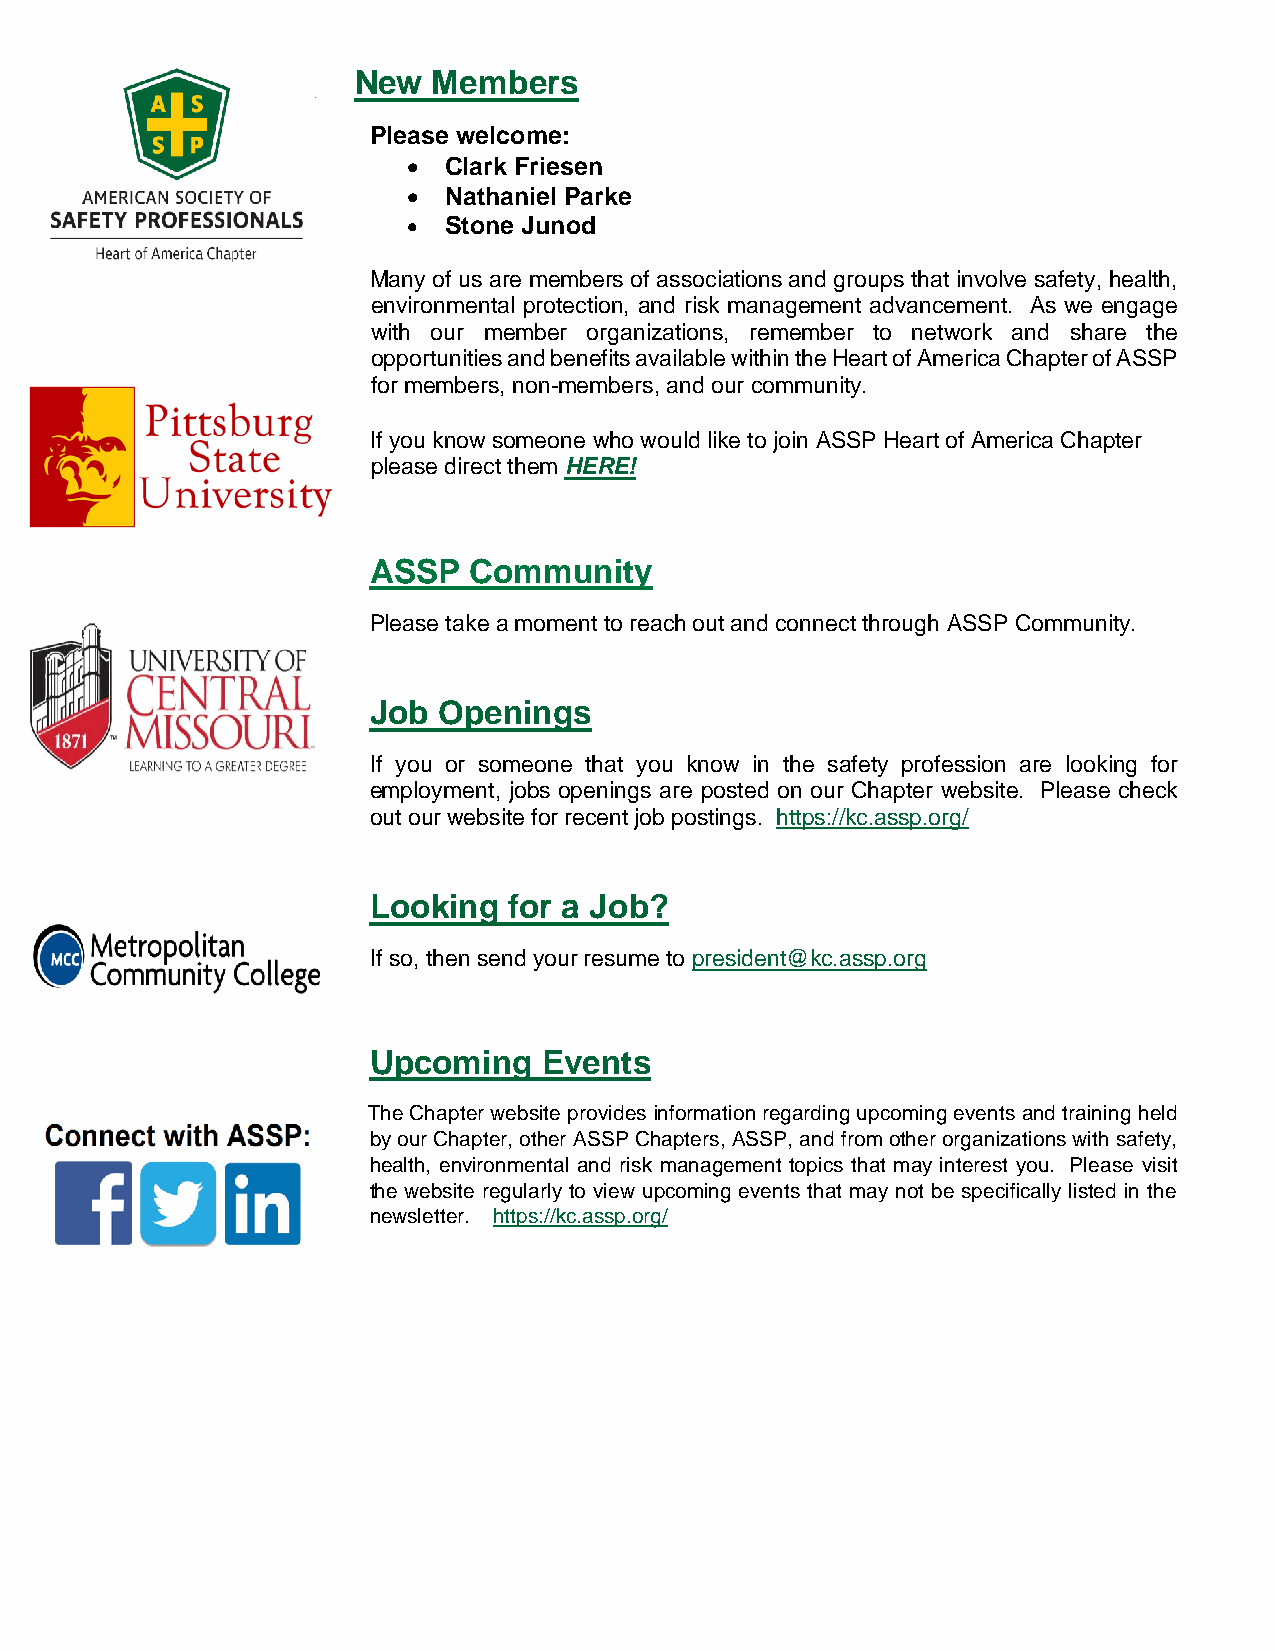
New   Members
 Please welcome:
 • Clark Friesen
 • Nathaniel Parke
 • Stone Junod
 Many of us are members of associations and groups that involve safety, health,
 environmental protection, and risk management advancement. As we engage
 with our member organizations, remember to network and share the
 opportunities and benefits available within the Heart of America Chapter of ASSP
 for members, non-members, and our community.
 If you know someone who would like to join ASSP Heart of America Chapter
 please direct them HERE!
 ASSP   Community
 Please take a moment to reach out and connect through ASSP Community.
 Job  Openings
 If you or someone that you know in the safety profession are looking for
 employment, jobs openings are posted on our Chapter website. Please check
 out our website for recent job postings. https://kc.assp.org/
 Looking   for a Job?
 If so, then send your resume to president@kc.assp.org
 Upcoming    Events
 The Chapter website provides information regarding upcoming events and training held
 by our Chapter, other ASSP Chapters, ASSP, and from other organizations with safety,
 health, environmental and risk management topics that may interest you. Please visit
 the website regularly to view upcoming events that may not be specifically listed in the
 newsletter. https://kc.assp.org/